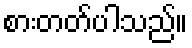
စားတတ်ပါသည်။